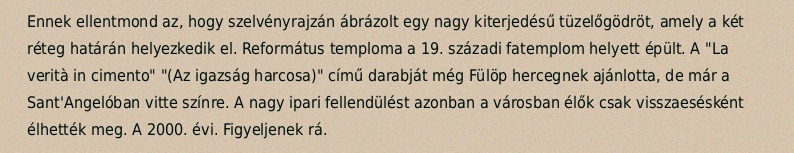
Ennek ellentmond az, hogy szelvényrajzán ábrázolt egy nagy kiterjedésű tüzelőgödröt, amely a két réteg határán helyezkedik el. Református temploma a 19. századi fatemplom helyett épült. A "La verità in cimento" "(Az igazság harcosa)" című darabját még Fülöp hercegnek ajánlotta, de már a Sant'Angelóban vitte színre. A nagy ipari fellendülést azonban a városban élők csak visszaesésként élhették meg. A 2000. évi. Figyeljenek rá.